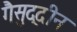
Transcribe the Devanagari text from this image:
गैसुद्दीन